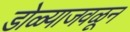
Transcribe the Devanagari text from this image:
डोळ्याजवळून